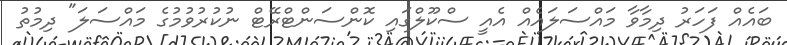
ބައެއް ފަހަރު ދިމާވާ މައްސަލައެއް އެއީ ސްކޫލްގައި ކޮންސަންޓްރޭޓް ނުކުރުވުމުގެ މައްސަލަ" ދިމުތު